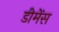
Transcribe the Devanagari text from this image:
डीमेंस